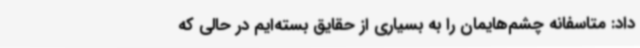
داد: متاسفانه چشم‌هایمان را به بسیاری از حقایق بسته‌ایم در حالی که